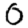
Digit: 0